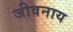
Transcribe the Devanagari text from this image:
जीवनाय